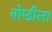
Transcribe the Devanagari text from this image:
बोम्डीला